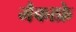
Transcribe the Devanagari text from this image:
मैकाफ्रे